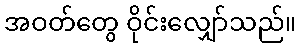
အဝတ်တွေ ဝိုင်းလျှော်သည်။